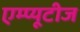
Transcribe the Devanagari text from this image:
एम्प्यूटीज